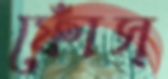
ফোঁস্